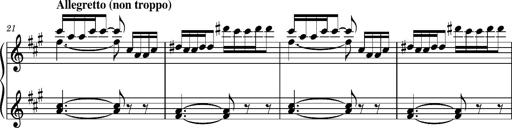
Title: La mandragore
Composer: Franz Liszt